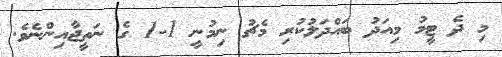
މި ދެ ޓީމު މިއަދު ބައްދަލުކުރި މެޗު ނިމުނީ 1-1 ގެ ނަތީޖާއިންނެވެ.